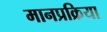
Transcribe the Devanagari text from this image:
मानप्रक्रिया